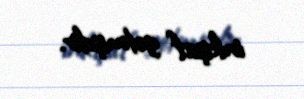
inkişaf getmişdir.